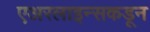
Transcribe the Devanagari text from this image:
एअरलाइन्सकडून